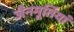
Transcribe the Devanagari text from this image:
जैनमूर्तियां